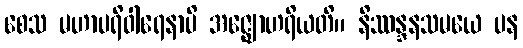
စေသ မဟာပရိဝါရေနာပိ အဇ္ဈောဟရိယတိ။ နိဿန္ဒနသမယေ ပန